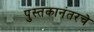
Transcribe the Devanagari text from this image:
पुस्तकानंतरचे